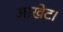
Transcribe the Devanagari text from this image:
आखेट।